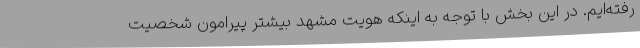
رفته‌ایم. در این بخش با توجه به اینکه هویت مشهد بیشتر پیرامون شخصیت